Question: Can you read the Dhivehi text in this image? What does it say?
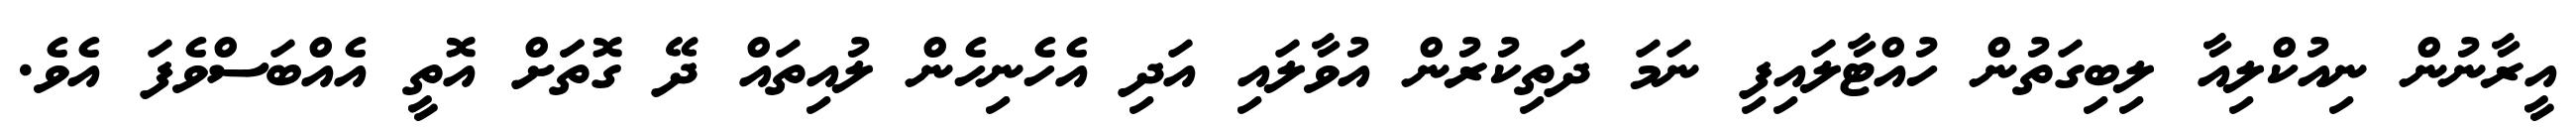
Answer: އީރާނުން ނިއުކްލިއާ ލިބިގަތުން ހުއްޓާލައިފި ނަމަ ދަތިކުރުން އުވާލައި އަދި އެހެނިހެން ލުއިތައް ދޭ ގޮތަަށް އޮތީ އެއްބަސްވެފަ އެވެ.